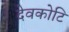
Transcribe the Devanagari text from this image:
देवकोटि